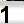
Digit: 1